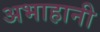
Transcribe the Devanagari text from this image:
अभाहानी